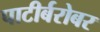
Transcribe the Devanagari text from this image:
पाटीर्बरोबर